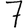
Digit: 7